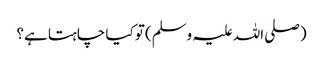
(صلی اللہ علیہ وسلم) تو کیا چاہتا ہے؟